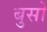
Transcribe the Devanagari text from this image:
बुसो